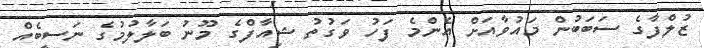
ޒުލްފާގެ ސަބަބުން މައުވާއަށް އެންމެ ފަހު ވަގުތު ޝިއާފްގެ މޫނު ބަލާލުމުގެ ނަސީބެއް